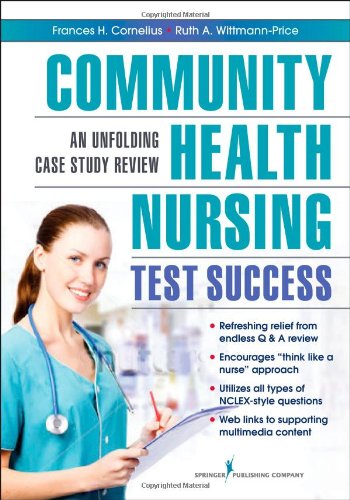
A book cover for Community Health Nursing Test Success: An Unfolding Case Study Review; Medical Books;